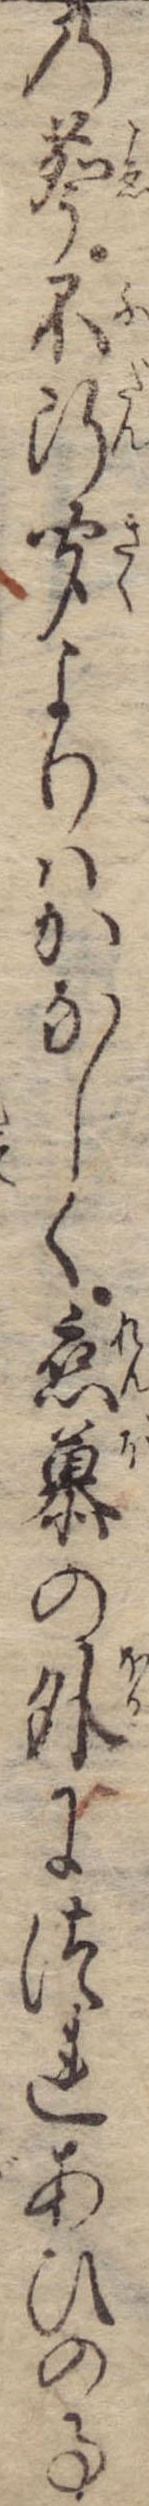
の声不断聞よりはかなしく恋慕の外につれあひの事